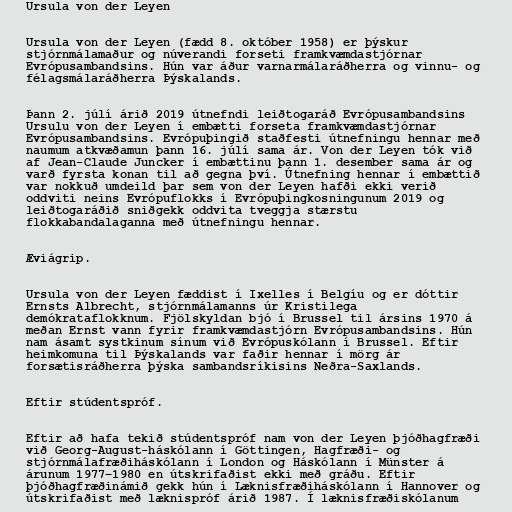
Ursula von der Leyen

Ursula von der Leyen (fædd 8. október 1958) er þýskur
stjórnmálamaður og núverandi forseti framkvæmdastjórnar
Evrópusambandsins. Hún var áður varnarmálaráðherra og vinnu- og
félagsmálaráðherra Þýskalands.

Þann 2. júlí árið 2019 útnefndi leiðtogaráð Evrópusambandsins
Ursulu von der Leyen í embætti forseta framkvæmdastjórnar
Evrópusambandsins. Evrópuþingið staðfesti útnefningu hennar með
naumum atkvæðamun þann 16. júlí sama ár. Von der Leyen tók við
af Jean-Claude Juncker í embættinu þann 1. desember sama ár og
varð fyrsta konan til að gegna því. Útnefning hennar í embættið
var nokkuð umdeild þar sem von der Leyen hafði ekki verið
oddviti neins Evrópuflokks í Evrópuþingkosningunum 2019 og
leiðtogaráðið sniðgekk oddvita tveggja stærstu
flokkabandalaganna með útnefningu hennar.

Æviágrip.

Ursula von der Leyen fæddist í Ixelles í Belgíu og er dóttir
Ernsts Albrecht, stjórnmálamanns úr Kristilega
demókrataflokknum. Fjölskyldan bjó í Brussel til ársins 1970 á
meðan Ernst vann fyrir framkvæmdastjórn Evrópusambandsins. Hún
nam ásamt systkinum sínum við Evrópuskólann í Brussel. Eftir
heimkomuna til Þýskalands var faðir hennar í mörg ár
forsætisráðherra þýska sambandsríkisins Neðra-Saxlands.

Eftir stúdentspróf.

Eftir að hafa tekið stúdentspróf nam von der Leyen þjóðhagfræði
við Georg-August-háskólann í Göttingen, Hagfræði- og
stjórnmálafræðiháskólann í London og Háskólann í Münster á
árunum 1977–1980 en útskrifaðist ekki með gráðu. Eftir
þjóðhagfræðinámið gekk hún í Læknisfræðiháskólann í Hannover og
útskrifaðist með læknispróf árið 1987. Í læknisfræðiskólanum